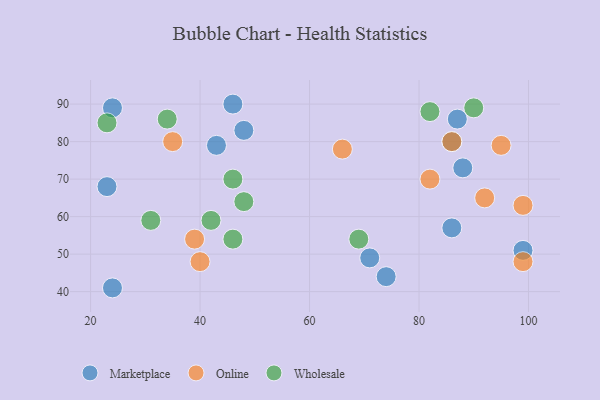
{"axis": {"x": "GDP", "y": "Life Expectancy"}, "legend": ["Marketplace", "Online", "Wholesale"], "data": [{"x": "23", "y": 68, "type": "Marketplace"}, {"x": "86", "y": 80, "type": "Marketplace"}, {"x": "46", "y": 90, "type": "Marketplace"}, {"x": "74", "y": 44, "type": "Marketplace"}, {"x": "71", "y": 49, "type": "Marketplace"}, {"x": "24", "y": 89, "type": "Marketplace"}, {"x": "88", "y": 73, "type": "Marketplace"}, {"x": "86", "y": 57, "type": "Marketplace"}, {"x": "48", "y": 83, "type": "Marketplace"}, {"x": "24", "y": 41, "type": "Marketplace"}, {"x": "87", "y": 86, "type": "Marketplace"}, {"x": "43", "y": 79, "type": "Marketplace"}, {"x": "99", "y": 51, "type": "Marketplace"}, {"x": "39", "y": 54, "type": "Online"}, {"x": "99", "y": 48, "type": "Online"}, {"x": "82", "y": 70, "type": "Online"}, {"x": "66", "y": 78, "type": "Online"}, {"x": "95", "y": 79, "type": "Online"}, {"x": "86", "y": 80, "type": "Online"}, {"x": "92", "y": 65, "type": "Online"}, {"x": "40", "y": 48, "type": "Online"}, {"x": "99", "y": 63, "type": "Online"}, {"x": "35", "y": 80, "type": "Online"}, {"x": "34", "y": 86, "type": "Wholesale"}, {"x": "90", "y": 89, "type": "Wholesale"}, {"x": "46", "y": 54, "type": "Wholesale"}, {"x": "42", "y": 59, "type": "Wholesale"}, {"x": "46", "y": 70, "type": "Wholesale"}, {"x": "82", "y": 88, "type": "Wholesale"}, {"x": "48", "y": 64, "type": "Wholesale"}, {"x": "69", "y": 54, "type": "Wholesale"}, {"x": "31", "y": 59, "type": "Wholesale"}, {"x": "23", "y": 85, "type": "Wholesale"}]}